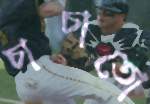
চাচাতো